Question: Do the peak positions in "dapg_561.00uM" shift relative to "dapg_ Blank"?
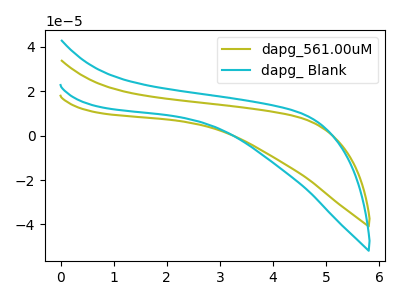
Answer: <think>The olive curve "dapg_561.00uM" has no peaks. The cyan curve "dapg_ Blank" has no peaks.
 Neither "dapg_561.00uM" or "dapg_ Blank" have any peaks.</think>
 <answer>No, "dapg_561.00uM" and "dapg_ Blank" don't appear to be significantly different in shape</answer>
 <eval>no_change</eval>